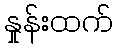
နှုန်းထက်